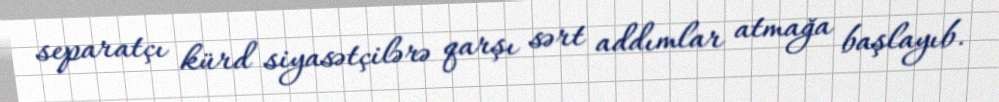
separatçı kürd siyasətçilərə qarşı sərt addımlar atmağa başlayıb.